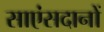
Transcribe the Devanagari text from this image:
साएंसदानों